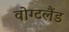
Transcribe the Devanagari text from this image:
वोग्टलैंड